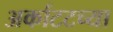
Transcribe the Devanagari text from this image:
अर्काटटच्या